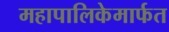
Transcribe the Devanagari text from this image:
महापालिकेमार्फत